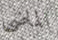
الماضى